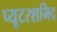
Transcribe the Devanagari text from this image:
प्यूटरशमिद